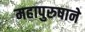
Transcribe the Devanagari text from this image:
महापुरुषाने